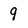
Character: 9